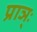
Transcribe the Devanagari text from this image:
प्राञ्ः